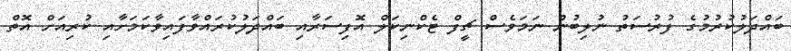
ބައްދަލުކުރުމުގެ ފުރުސަތު ނުލިބުން ނަމަވެސް ޗީފް ޓެކްނިކަލް އޮފިސަރާއި ބައްދަލުކުރައްވާފައިވާކަމަށާއި ކުރިއަށް އޮތް